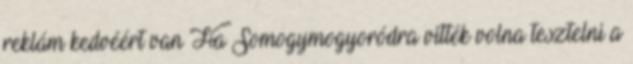
reklám kedvéért van Ha Somogymogyoródra vitték volna tesztelni a